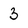
Character: 3